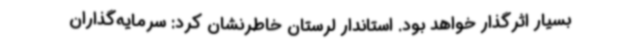
بسیار اثرگذار خواهد بود. استاندار لرستان خاطرنشان کرد: سرمایه‌گذاران